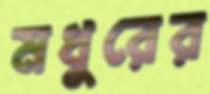
মধুরের